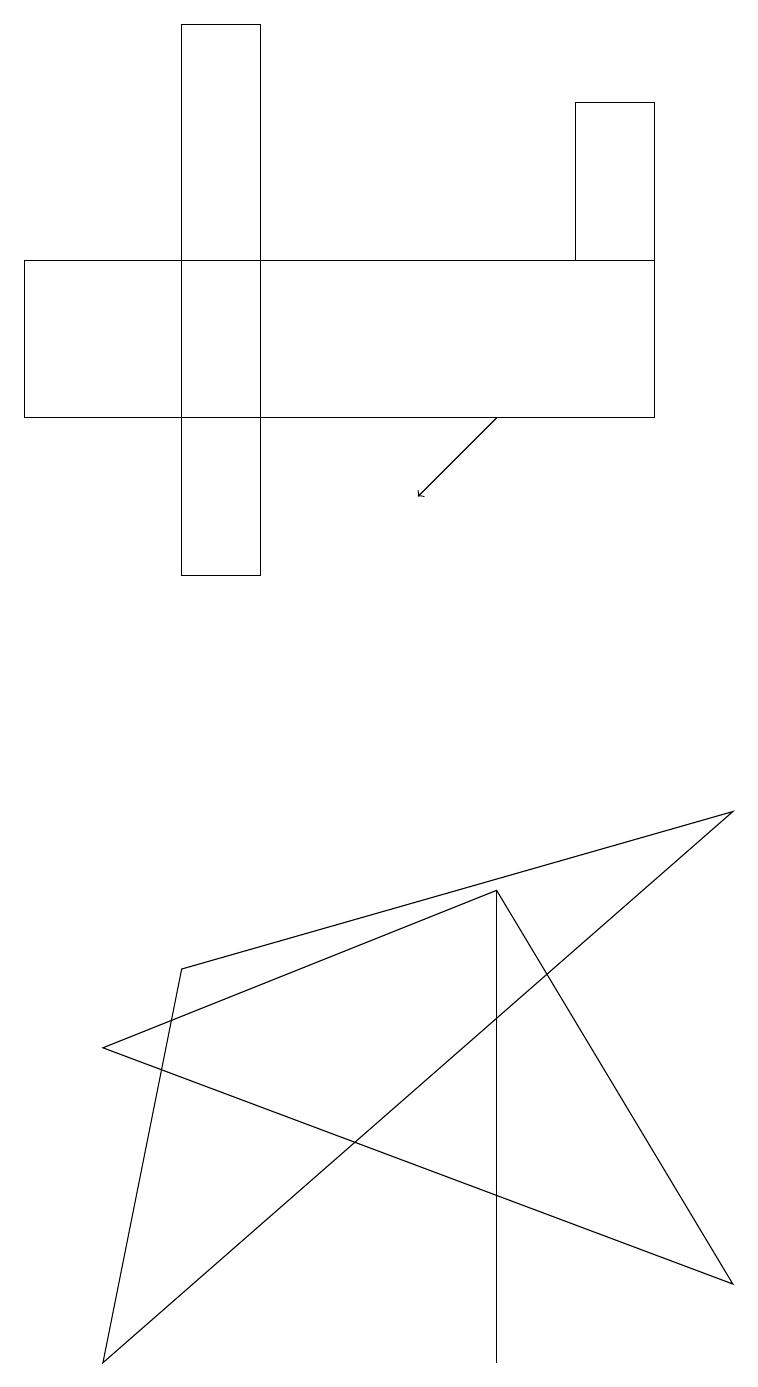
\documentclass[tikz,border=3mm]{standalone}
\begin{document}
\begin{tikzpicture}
\draw (9,3) -- (1,6) -- (6,8) -- cycle;
\draw (2,19) rectangle (3,12);
\draw (8,18) rectangle (7,16);
\draw (6,8) -- (6,8) -- (6,2) -- cycle;
\draw[->] (6,14) -- (5,13);
\draw (0,14) rectangle (8,16);
\draw (9,9) -- (1,2) -- (2,7) -- cycle;
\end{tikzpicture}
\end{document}